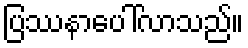
ပြဿနာပေါ်လာသည်။